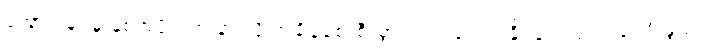
အောင်မြင်မှု နှစ်အပိုင်းအခြားသို့ အချိန်စောစီးစွာကပင် ရောက်နိုင်ခဲ့ပါလျက် ခင်ဦးနွယ်ရဲ့